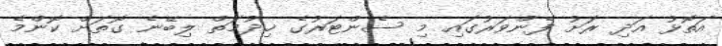
އަތޮޅު އަދި ރަށު ފެންވަރުގައި މި ސެންޓަރުގެ ޚިދުމަތް ލިބޭނެ ގޮތަށް ކޮންމެ